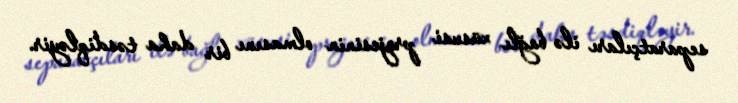
separatçıları ilə bağlı xüsusi projesinin olmasını bir daha təsdiqləyir.